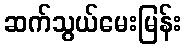
ဆက်သွယ်မေးမြန်း